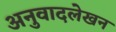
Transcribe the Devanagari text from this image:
अनुवादलेखन